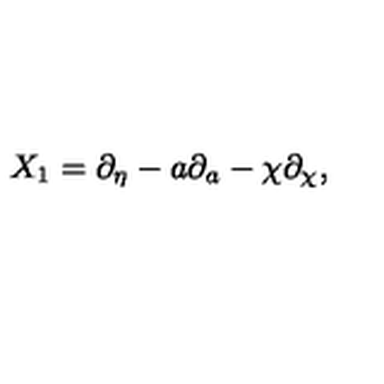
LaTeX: X _ { 1 } = \partial _ { \eta } - a \partial _ { a } - \chi \partial _ { \chi } ,